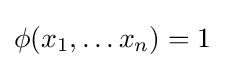
\phi (x_{1},\ldots x_{n})=1